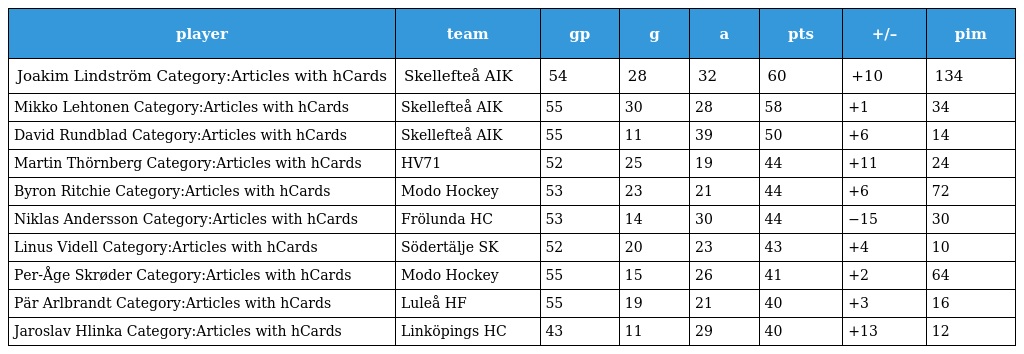
| player | team | gp | g | a | pts | +/– | pim |
 | --- | --- | --- | --- | --- | --- | --- | --- |
 | Joakim Lindström Category:Articles with hCards | Skellefteå AIK | 54 | 28 | 32 | 60 | +10 | 134 |
 | Mikko Lehtonen Category:Articles with hCards | Skellefteå AIK | 55 | 30 | 28 | 58 | +1 | 34 |
 | David Rundblad Category:Articles with hCards | Skellefteå AIK | 55 | 11 | 39 | 50 | +6 | 14 |
 | Martin Thörnberg Category:Articles with hCards | HV71 | 52 | 25 | 19 | 44 | +11 | 24 |
 | Byron Ritchie Category:Articles with hCards | Modo Hockey | 53 | 23 | 21 | 44 | +6 | 72 |
 | Niklas Andersson Category:Articles with hCards | Frölunda HC | 53 | 14 | 30 | 44 | −15 | 30 |
 | Linus Videll Category:Articles with hCards | Södertälje SK | 52 | 20 | 23 | 43 | +4 | 10 |
 | Per-Åge Skrøder Category:Articles with hCards | Modo Hockey | 55 | 15 | 26 | 41 | +2 | 64 |
 | Pär Arlbrandt Category:Articles with hCards | Luleå HF | 55 | 19 | 21 | 40 | +3 | 16 |
 | Jaroslav Hlinka Category:Articles with hCards | Linköpings HC | 43 | 11 | 29 | 40 | +13 | 12 |